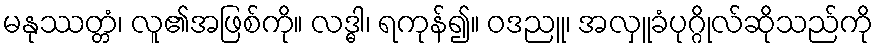
မနုဿတ္တံ၊ လူ၏အဖြစ်ကို။ လဒ္ဓါ၊ ရကုန်၍။ ဝဒညူ၊ အလှူခံပုဂ္ဂိုလ်ဆိုသည်ကို